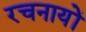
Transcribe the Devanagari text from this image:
रचनायों